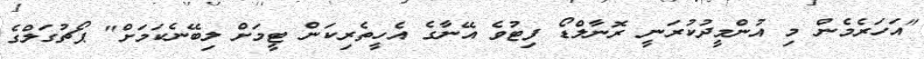
"އަހަރެމެން މި އުންމީދުކުރަނީ ރޮނާލްޑޯ ފިޓުވެ އޭނާގެ އެހީތެރިކަން ޓީމަށް ލިބޭނެކަމަށް" ޕޯޗުގަލްގެ